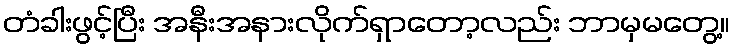
တံခါးဖွင့်ပြီး အနီးအနားလိုက်ရှာတော့လည်း ဘာမှမတွေ့။